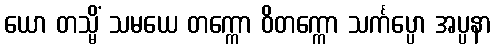
ယော တသ္မိံ သမယေ တက္ကော ဝိတက္ကော သင်္ကပ္ပော အပ္ပနာ